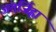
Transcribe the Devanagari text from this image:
अंतर्जिह्वा